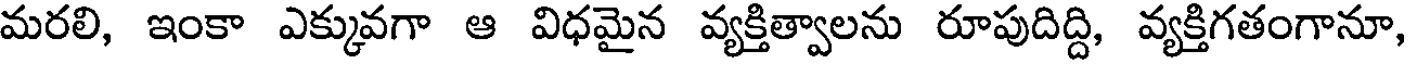
మరలి, ఇంకా ఎక్కువగా ఆ విధమైన వ్యక్తిత్వాలను రూపుదిద్ది, వ్యక్తిగతంగానూ,